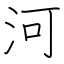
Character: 河